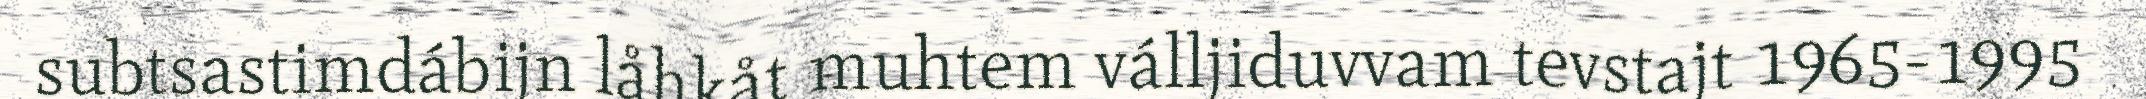
subtsastimdábijn låhkåt muhtem válljiduvvam tevstajt 1965-1995